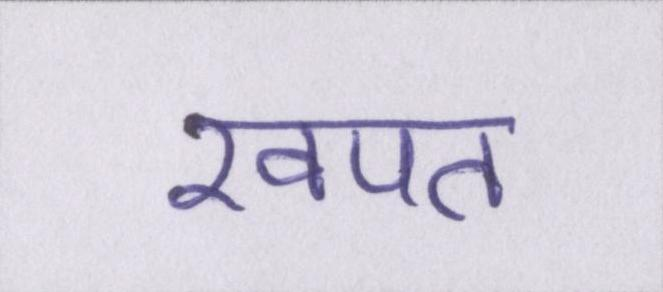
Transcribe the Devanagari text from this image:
खपत